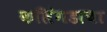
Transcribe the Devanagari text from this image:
कलिंगडाचा